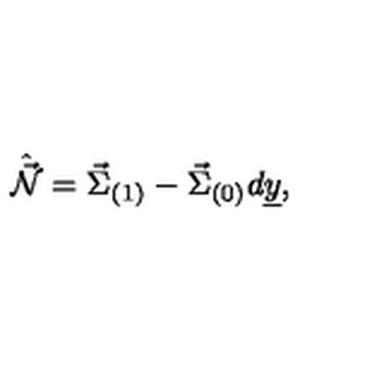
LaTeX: \hat { \vec { \cal N } } = \vec { \Sigma } _ { ( 1 ) } - \vec { \Sigma } _ { ( 0 ) } d \underline { { y } } ,